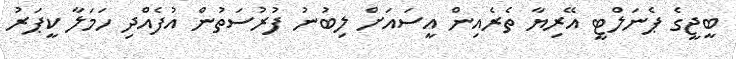
ބީޖީގެ ޕެނަލްޓީ އޭރިޔާ ތެރެއިން އީސައަށް ލިބުނު ފުރުސަތުން އުފެއްދި ހަމަލާ ކީޕަރު